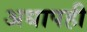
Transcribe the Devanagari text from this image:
अधापही